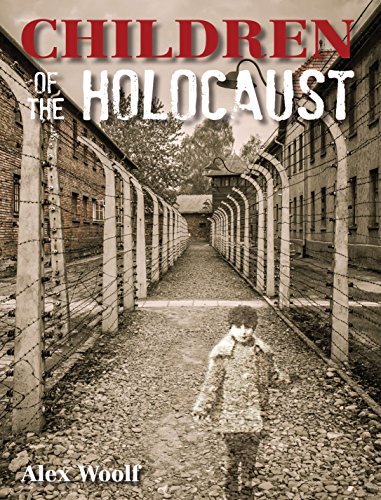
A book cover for Children of the Holocaust; Alex Woolf; Children's Books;